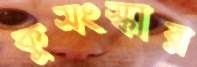
কুসংস্কার